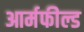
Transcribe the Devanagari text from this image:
आर्मफील्ड